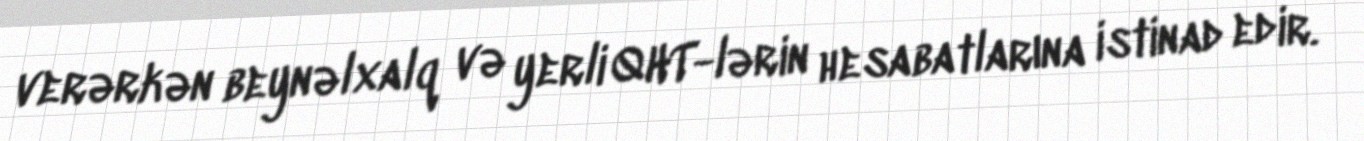
verərkən beynəlxalq və yerli QHT-lərin hesabatlarına istinad edir.